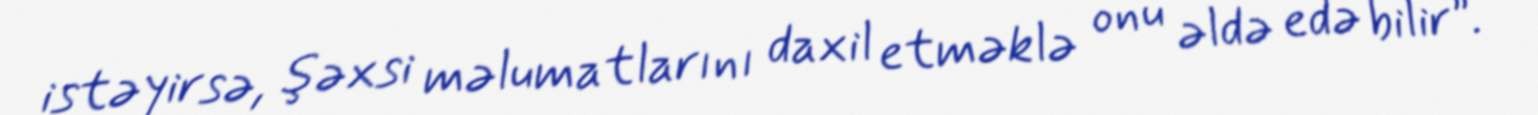
istəyirsə, şəxsi məlumatlarını daxil etməklə onu əldə edə bilir”.